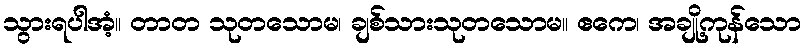
သွားရပါအံ့။ တာတ သုတသောမ၊ ချစ်သားသုတသောမ။ ဧကေ၊ အချို့ကုန်သော